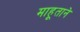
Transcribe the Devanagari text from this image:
माहूताने